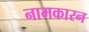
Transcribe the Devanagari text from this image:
नामकारन